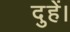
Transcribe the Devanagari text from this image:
दुहें।